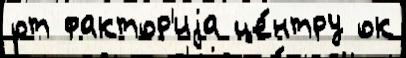
от фактор'иjа це́нтру ок